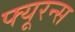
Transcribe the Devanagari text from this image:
फ्यूरन्स